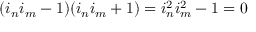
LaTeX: ( i _ { n } i _ { m } - 1 ) ( i _ { n } i _ { m } + 1 ) = i _ { n } ^ { 2 } i _ { m } ^ { 2 } - 1 = 0